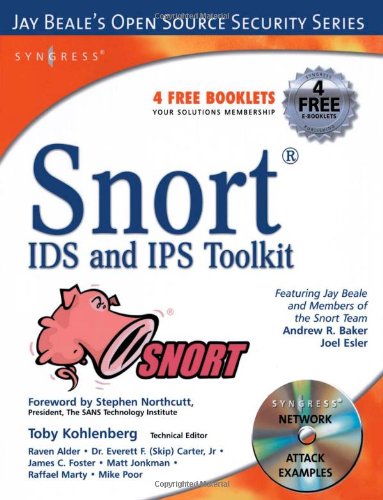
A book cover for Snort IDS and IPS Toolkit (Jay Beale's Open Source Security); Brian Caswell; Computers & Technology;